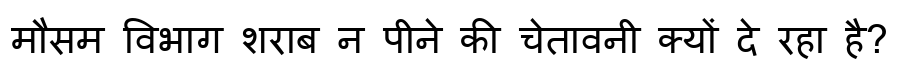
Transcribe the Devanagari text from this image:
मौसम विभाग शराब न पीने की चेतावनी क्यों दे रहा है?